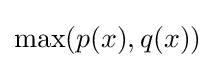
\max(p(x),q(x))